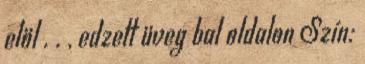
elöl . . , edzett üveg bal oldalon Szín: